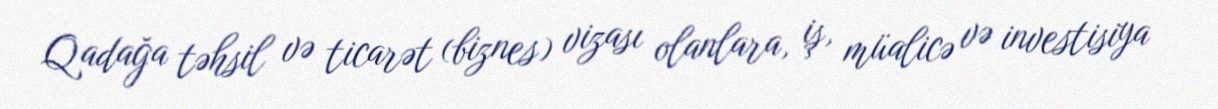
Qadağa təhsil və ticarət (biznes) vizası olanlara, iş, müalicə və investisiya